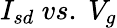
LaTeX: I_{sd}\ vs.\ V_{g}